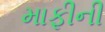
માફીની